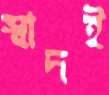
স্বাদই